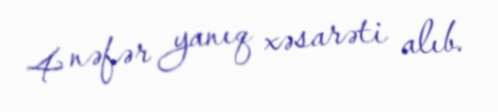
4 nəfər yanıq xəsarəti alıb.